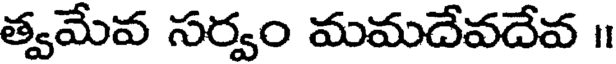
త్వమేవ సర్వం మమదేవదేవ ॥